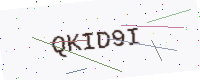
Text: QKID9I